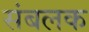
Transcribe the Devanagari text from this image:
संबलक